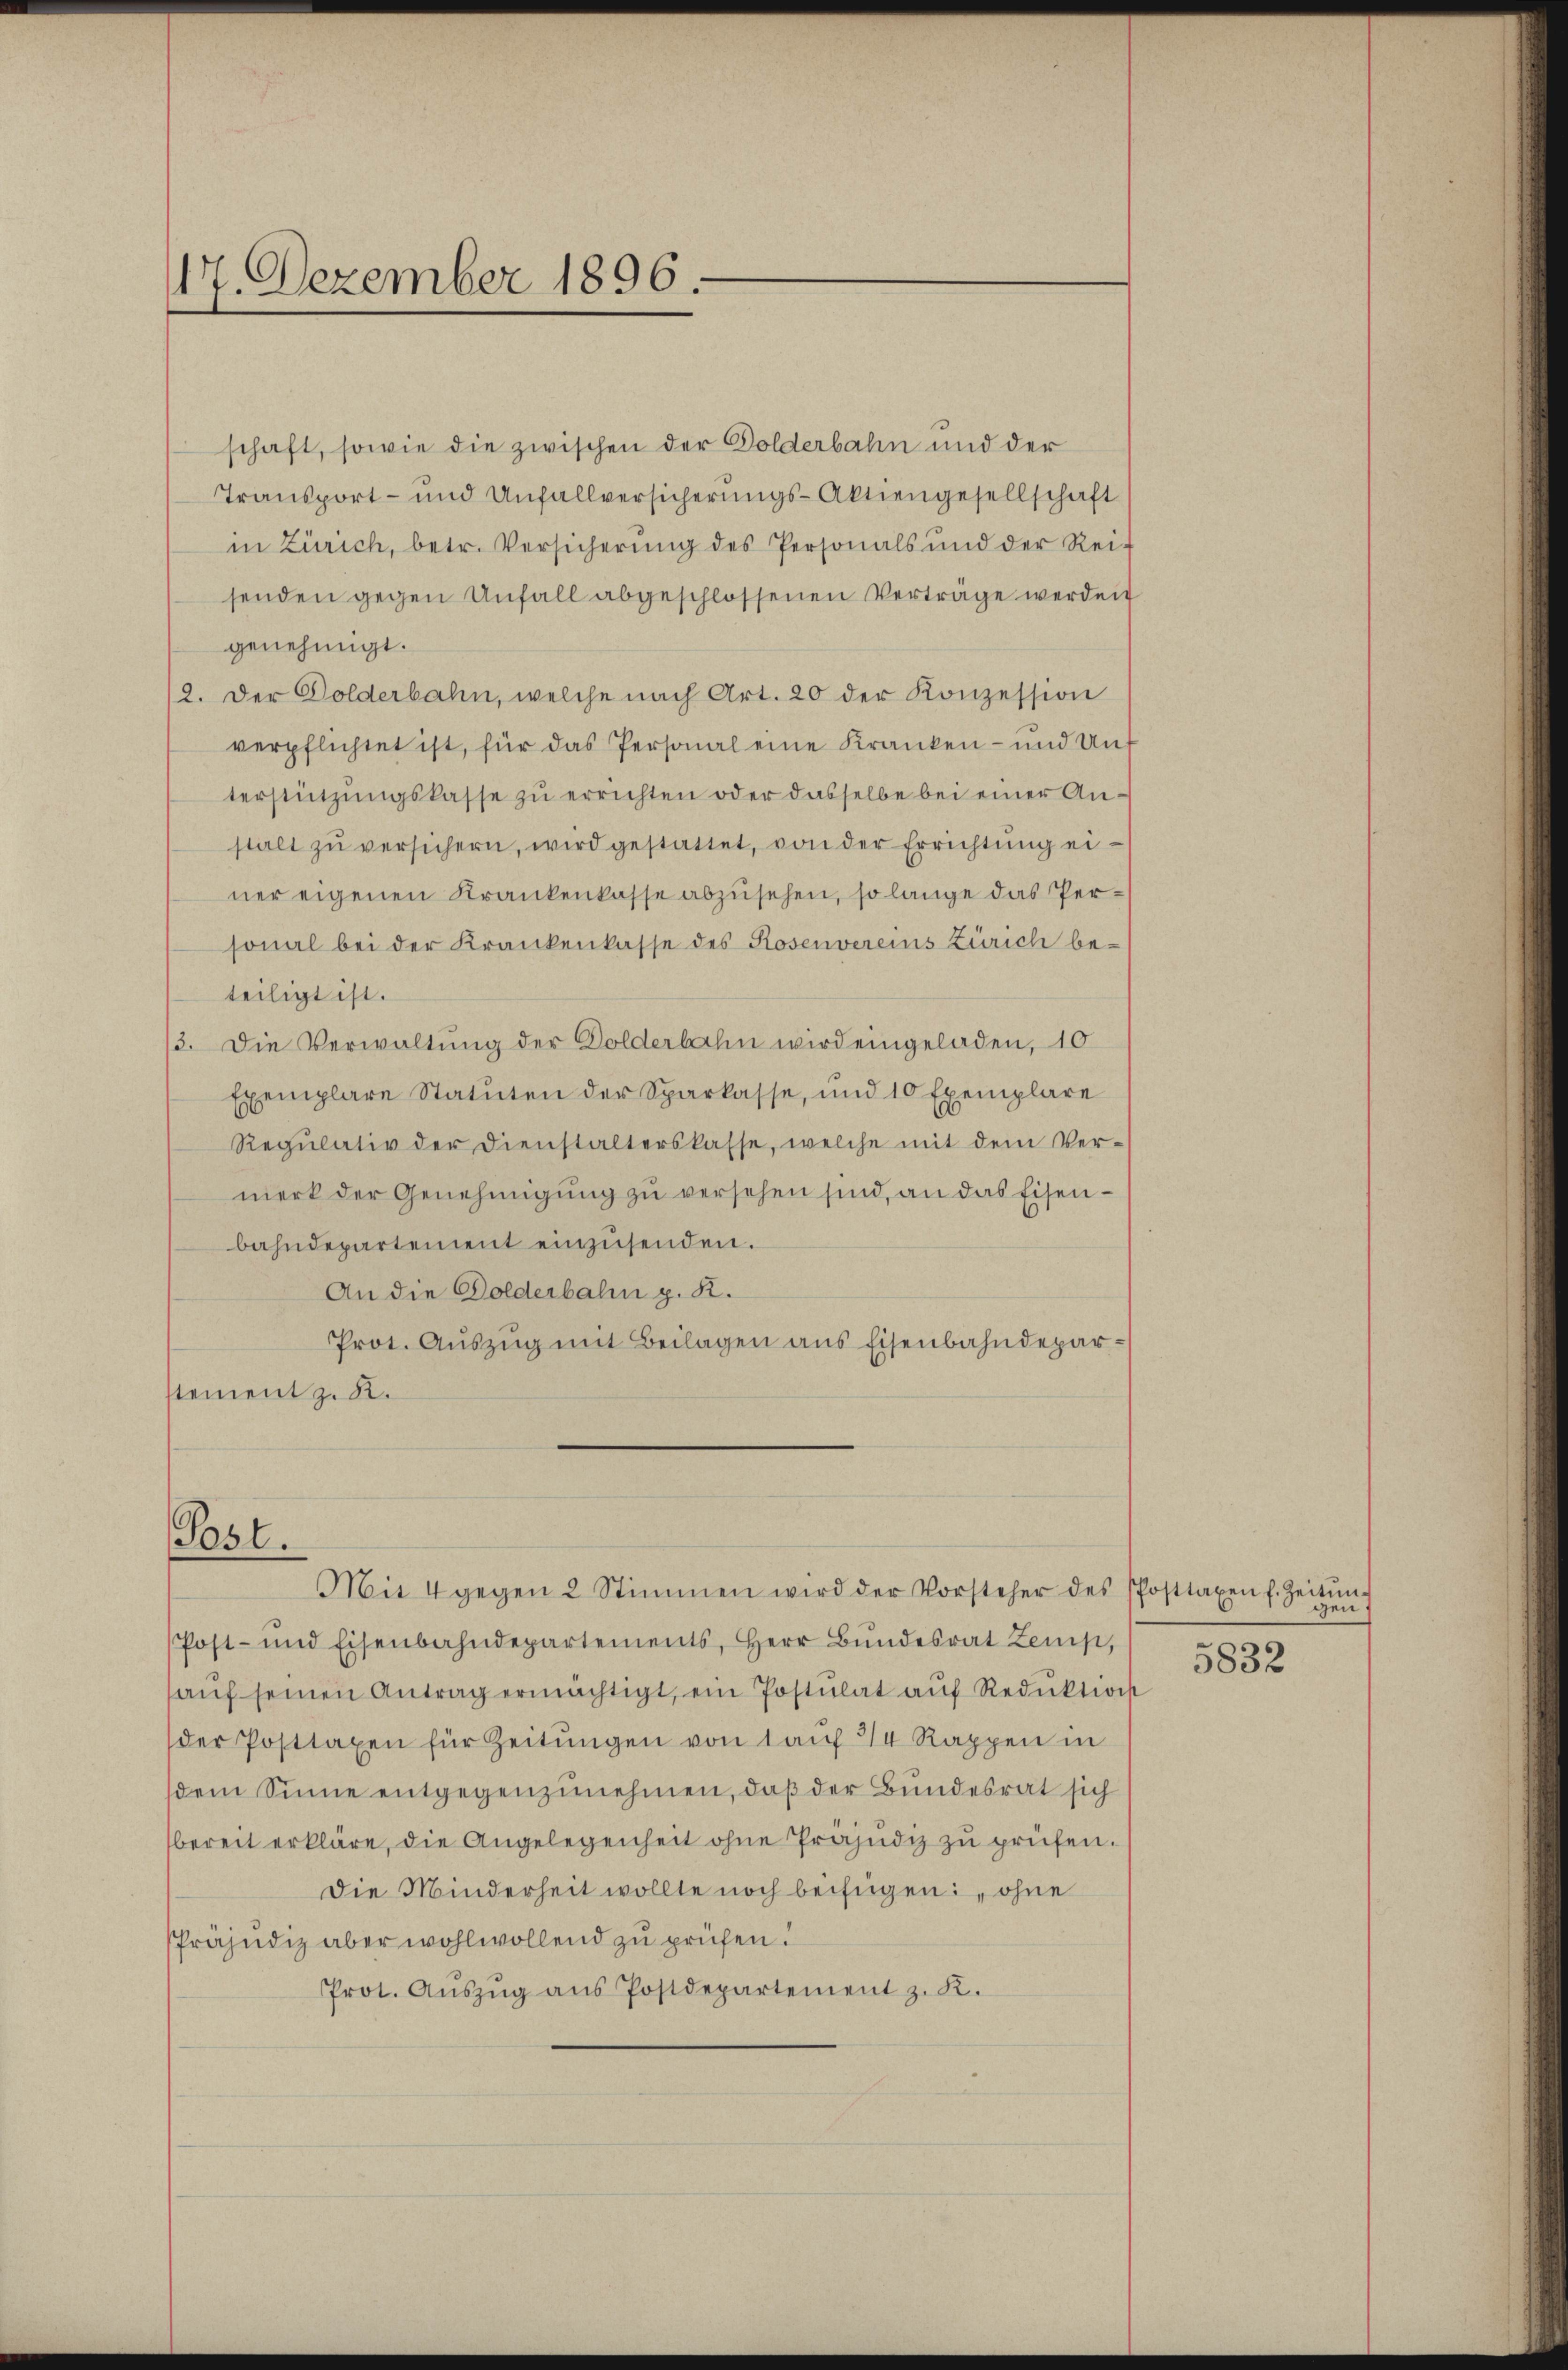
17. Dezember 1896.

schaft, sowie die zwischen der Golderbahn und der
Transport- und Unfallversicherŭngs-Aktiengesellschaft
in Zürich, betr. Versicherŭng des Personals und der Rei-
senden gegen Unfall abgeschlossenen Verträge werden
genehmigt.
2. Der Dolderbahn, welche nach Art. 20 der Konzession
verpflichtet ist, für das Personal eine Kranken- und Ant
terstützŭngskasse zu errichten oder dasselbe bei einer Anstalt zŭ versichern, wird gestattet, von der Errichtŭng einer eigenen Krankenkasse abzusehen, so lange das Personal bei der Krankenkasse des Rosenvereins Zürich beteiligt ist.
3. Die Verwaltung der Dolderbahn wird eingeladen, 10
Exemplare Statuten der Sparkasse, und 10 Exemplare
Regŭlativ der Dienstalterskasse, welche mit dem Ver-
merk der Genehmigung zu versehen sind, an das Eisenbahndepartement einzusenden.
An die Dolderbahn g. K.
Prot. Auszug mit Beilagen aus Eisenbahndeparstement z. K.

Post.
Mit 4 gegen 2 Stimmen wird der Vorsteher des Posttaxen f. Zeitŭng

Post- und Eisenbahndepartements, Herr Bŭndesrat Zemp,
aŭf seinen Antrag ermächtigt, ein Postulat aŭf Reduktion
der Posttaxen für Zeitŭngen von lauf 2/4 Rappen in
dem Sinne entgegenzunehmen, daß der Bundesrat sich
bereit erkläre, die Angelegenheit ohne Präjudiz zu prüfen.
Die Minderheit wollte noch beifügen: „ohne
Präjudiz aber wohlwollend zu prüfen.
Prot. Aŭszŭg ans Postdepartement z. K.

gen
5832